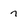
Character: 7